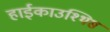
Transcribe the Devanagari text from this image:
हाईकाउश्थिस